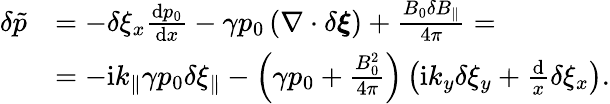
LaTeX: \begin{array}{r}{\begin{array}{rl}{\delta\tilde{p}}&{=-\delta\xi_{x}\frac{\textrm{d}p_{0}}{\textrm{d}x}-\gamma p_{0}\left(\nabla\cdot\delta\boldsymbol{\xi}\right)+\frac{B_{0}\delta B_{\parallel}}{4\pi}=}\\ &{=-\mathrm{i}k_{\parallel}\gamma p_{0}\delta\xi_{\parallel}-\left(\gamma p_{0}+\frac{B_{0}^{2}}{4\pi}\right)\left(\mathrm{i}k_{y}\delta\xi_{y}+\frac{\textrm{d}}{x}\delta\xi_{x}\right).}\end{array}}\end{array}